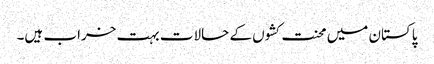
پاکستان میں محنت کشوں کے حالات بہت خراب ہیں۔